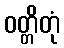
ဝတ္တိတုံ